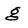
Character: g